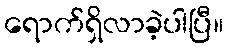
ရောက်ရှိလာခဲ့ပါပြီ။